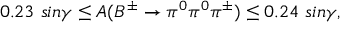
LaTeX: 0 . 2 3 ~ s i n \gamma \leq A ( B ^ { \pm } \to \pi ^ { 0 } \pi ^ { 0 } \pi ^ { \pm } ) \leq 0 . 2 4 ~ s i n \gamma ,